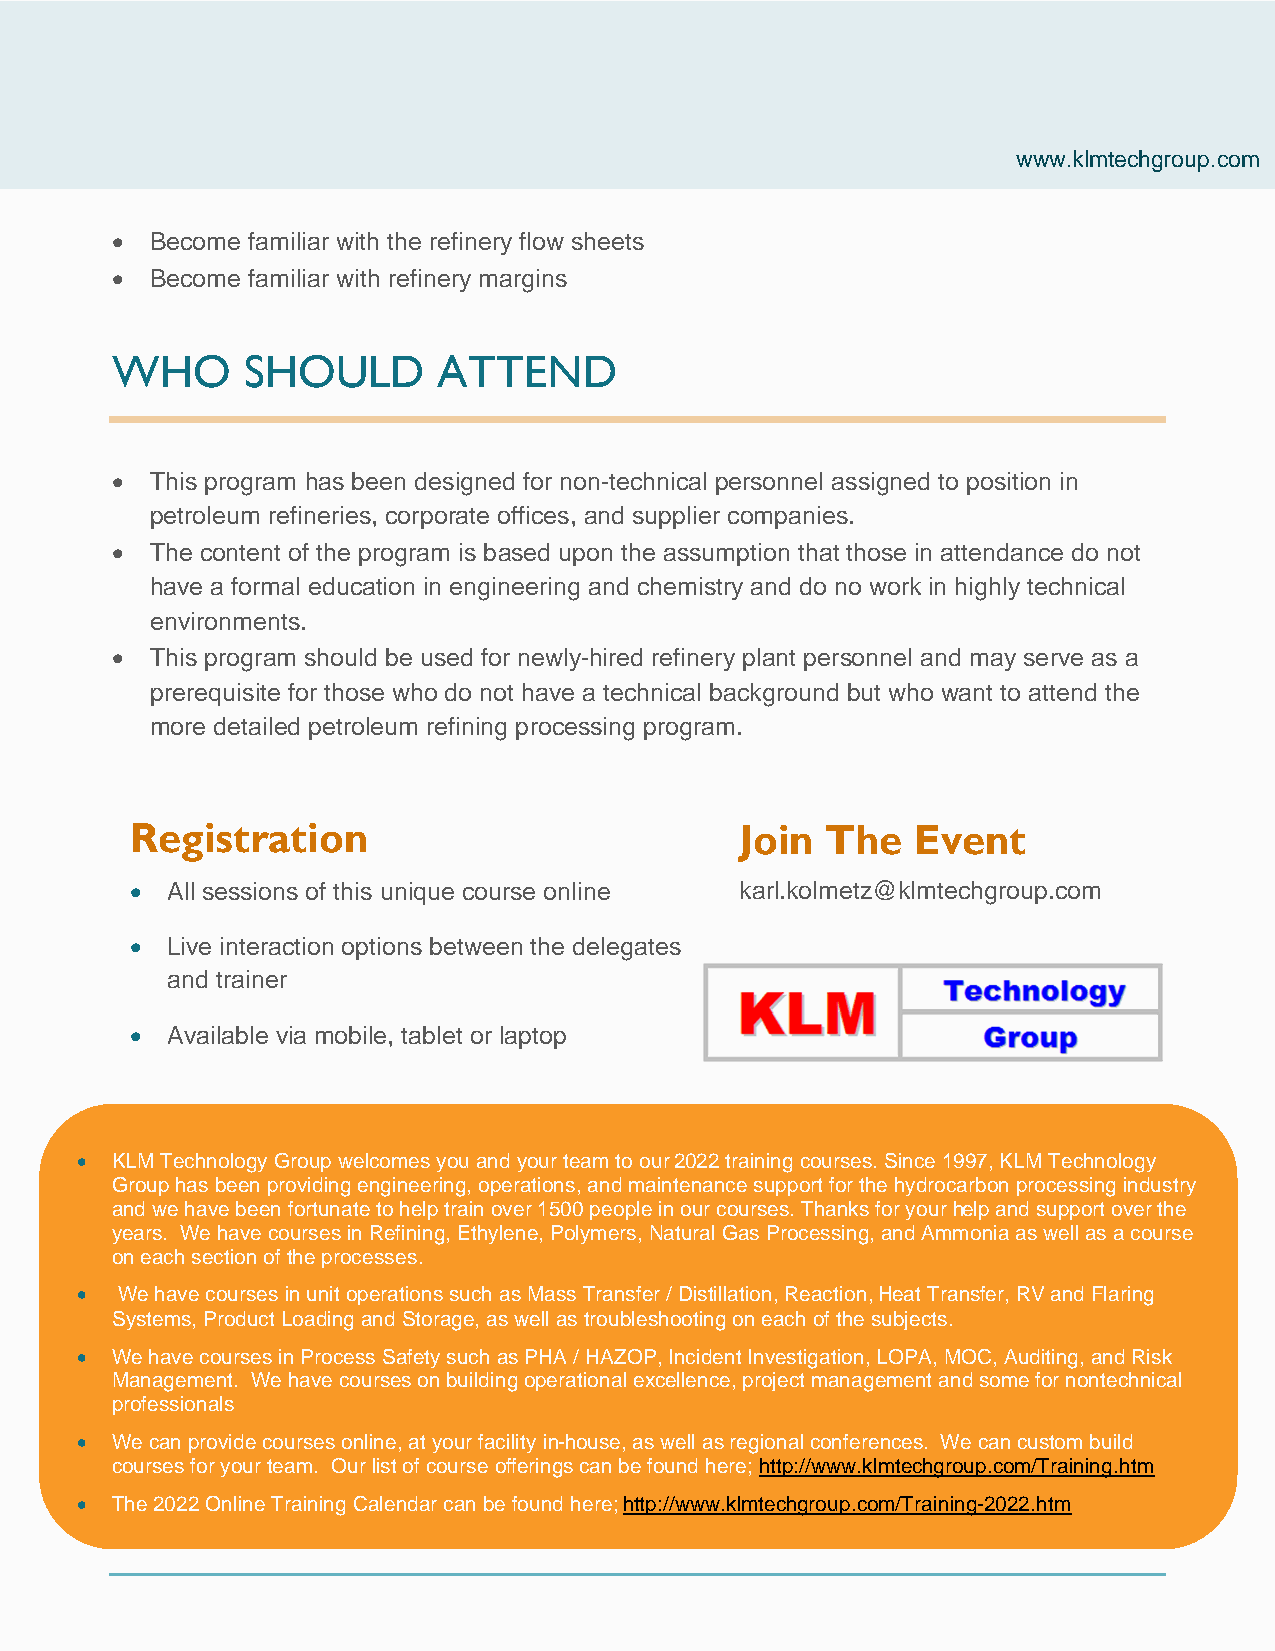
www.klmtechgroup.com
 •  Become familiar with the refinery flow sheets
 •  Become familiar with refinery margins
 WHO      SHOULD       ATTEND
 •  This program has been designed for non-technical personnel assigned to position in
 petroleum refineries, corporate offices, and supplier companies.
 •  The content of the program is based upon the assumption that those in attendance do not
 have a formal education in engineering and chemistry and do no work in highly technical
 environments.
 •  This program should be used for newly-hired refinery plant personnel and may serve as a
 prerequisite for those who do not have a technical background but who want to attend the
 more detailed petroleum refining processing program.
 Registration                            Join  The   Event
 • All sessions of this unique course online karl.kolmetz@klmtechgroup.com
 • Live interaction options between the delegates
 and trainer
 • Available via mobile, tablet or laptop
 • KLM Technology Group welcomes you and your team to our 2022 training courses. Since 1997, KLM Technology
 Group has been providing engineering, operations, and maintenance support for the hydrocarbon processing industry
 and we have been fortunate to help train over 1500 people in our courses. Thanks for your help and support over the
 years. We have courses in Refining, Ethylene, Polymers, Natural Gas Processing, and Ammonia as well as a course
 on each section of the processes.
 •  We have courses in unit operations such as Mass Transfer / Distillation, Reaction, Heat Transfer, RV and Flaring
 Systems, Product Loading and Storage, as well as troubleshooting on each of the subjects.
 • We have courses in Process Safety such as PHA / HAZOP, Incident Investigation, LOPA, MOC, Auditing, and Risk
 Management. We have courses on building operational excellence, project management and some for nontechnical
 professionals
 • We can provide courses online, at your facility in-house, as well as regional conferences. We can custom build
 courses for your team. Our list of course offerings can be found here; http://www.klmtechgroup.com/Training.htm
 • The 2022 Online Training Calendar can be found here; http://www.klmtechgroup.com/Training-2022.htm